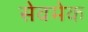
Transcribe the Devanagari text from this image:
सेवमेक